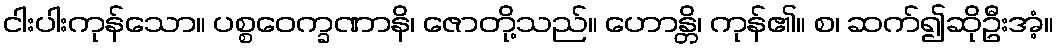
ငါးပါးကုန်သော။ ပစ္စဝေက္ခဏာနိ၊ ဇောတို့သည်။ ဟောန္တိ၊ ကုန်၏။ စ၊ ဆက်၍ဆိုဦးအံ့။